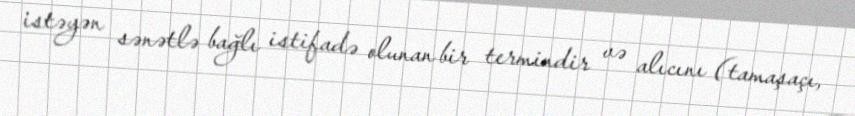
istəyən sənətlə bağlı istifadə olunan bir termindir və alıcını (tamaşaçı,